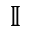
{ \mathbb I }